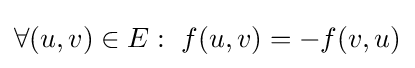
\forall (u,v)\in E:\ f(u,v)=-f(v,u)